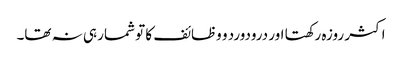
اکثر روزہ رکھتا اور درودورد و وظائف کا تو شمار ہی نہ تھا۔